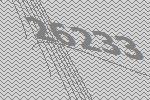
26233